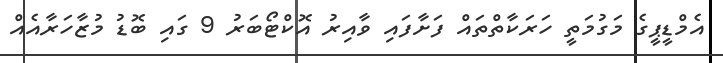
އެމްޑީޕީގެ މަގުމަތީ ހަރަކާތްތައް ފަށާފައި ވާއިރު އޮކްޓޯބަރު 9 ގައި ބޮޑު މުޒާހަރާއެއް